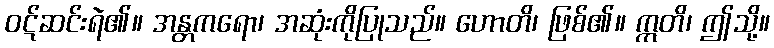
ဝဋ်ဆင်းရဲ၏။ အန္တကရော၊ အဆုံးကိုပြုသည်။ ဟောတိ၊ ဖြစ်၏။ ဣတိ၊ ဤသို့။